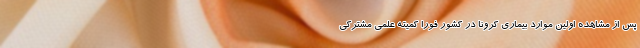
پس از مشاهده اولین موارد بیماری کرونا در کشور فورا کمیته علمی مشترکی